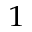
^ 1